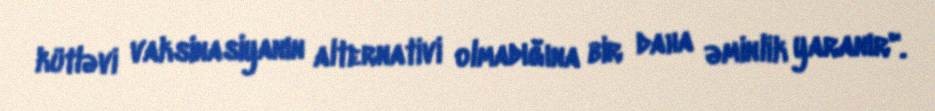
kütləvi vaksinasiyanın alternativi olmadığına bir daha əminlik yaranır".